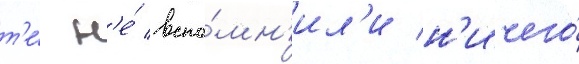
т'е́ н'е́ вспо́мн'ил'и н'ичего́